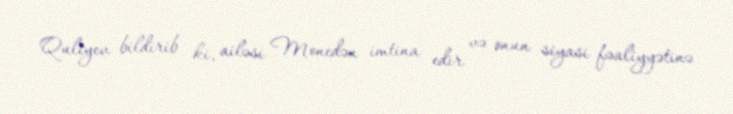
Quliyev bildirib ki, ailəsi Monedən imtina edir və onun siyasi fəaliyyətinə